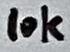
Text: 10K